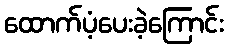
ထောက်ပံ့ပေးခဲ့ကြောင်း